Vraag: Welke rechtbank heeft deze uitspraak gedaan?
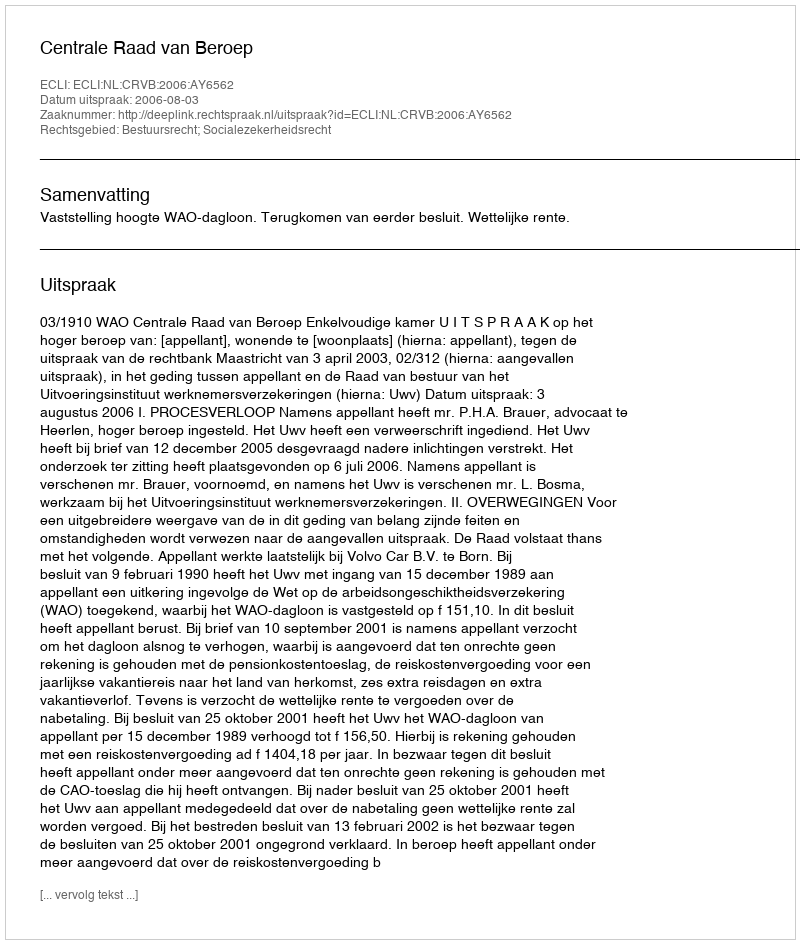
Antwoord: Centrale Raad van Beroep